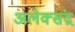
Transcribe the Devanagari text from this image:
अलेक्संद्र